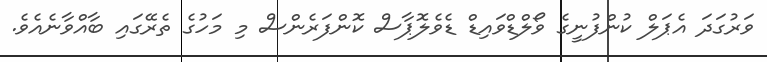
ވަރުގަދަ އެޕަލް ކުންފުނީގެ ވޯލްޑްވައިޑް ޑެވެލޮޕާސް ކޮންފަރެންސް މި މަހުގެ ތެރޭގައި ބާއްވާނެއެވެ.